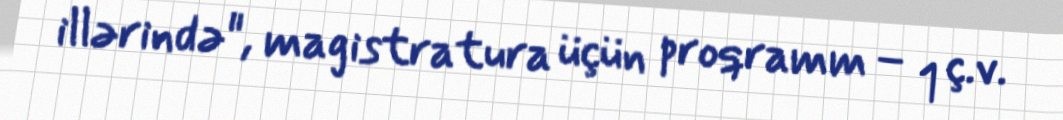
illərində", magistratura üçün proqramm – 1 ç.v.